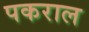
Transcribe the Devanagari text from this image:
पकराल